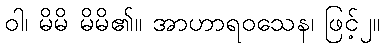
ဝါ၊ မိမိ မိမိ၏။ အာဟာရဝသေန၊ ဖြင့်၂။